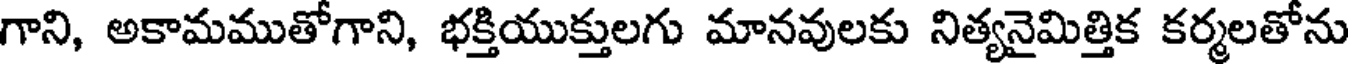
గాని, అకామముతోగాని, భక్తియుక్తులగు మానవులకు నిత్యనైమిత్తిక కర్మలతోను